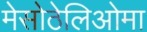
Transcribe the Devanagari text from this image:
मेसोठेलिओमा